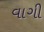
વાગી